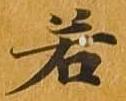
若